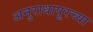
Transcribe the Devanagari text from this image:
अनुराधापूरच्या